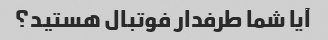
آیا شما طرفدار فوتبال هستید؟